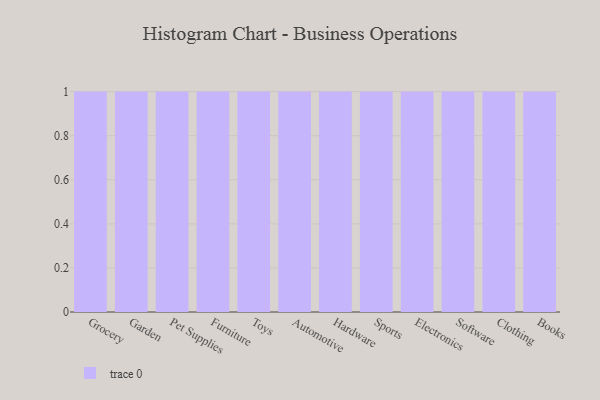
{"axis": {"x": "Category", "y": "Inventory Turnover"}, "legend": [""], "data": [{"x": "Grocery", "y": 12, "type": ""}, {"x": "Garden", "y": 35, "type": ""}, {"x": "Pet Supplies", "y": 15, "type": ""}, {"x": "Furniture", "y": 37, "type": ""}, {"x": "Toys", "y": 43, "type": ""}, {"x": "Automotive", "y": 2, "type": ""}, {"x": "Hardware", "y": 20, "type": ""}, {"x": "Sports", "y": 43, "type": ""}, {"x": "Electronics", "y": 82, "type": ""}, {"x": "Software", "y": 15, "type": ""}, {"x": "Clothing", "y": 51, "type": ""}, {"x": "Books", "y": 95, "type": ""}]}